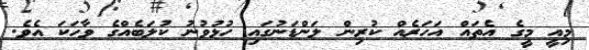
މިއީ މީގެ އެތައް އަހަރެއް ކުރިން ލަންޑަނުގައި ހުޅުވުނު ކުލަބެއްގެ ވާހަކަ އެވެ.